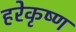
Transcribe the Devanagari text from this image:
हरेकृष्‍ण